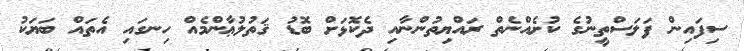
ސިފައިން ފަލަސްތީނުގެ ކުށެއްނެތް ރައްޔިތުންނާއި ދެކޮޅަށް ބޮޑު ޤަތުލުޢާންމެއް ހިނގައި އެތައް ބަޔަކު